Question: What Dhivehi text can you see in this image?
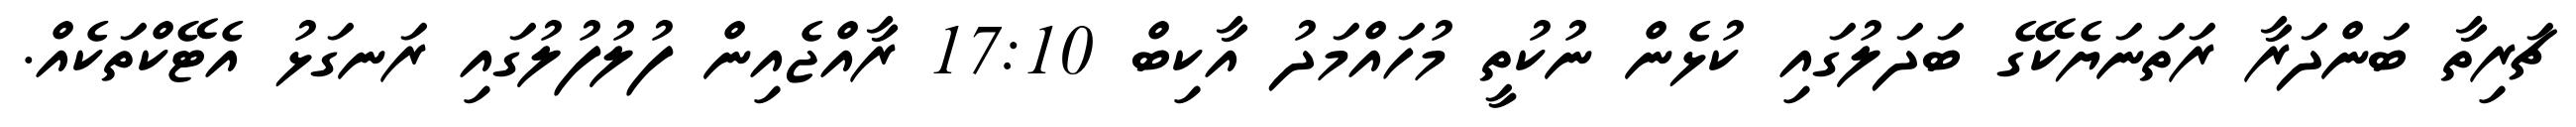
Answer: ޗަރިތާ ބަންދަރާ ރަތަނަޔެކޭގެ ބަދަލުގައި ކުޅެން ނުކުތީ މުހައްމަދު އާކިބް 17:10 ރާއްޖެއިން ފުލުފުލުގައި ރަނގަޅު އެޓޭކްތަކެއް.